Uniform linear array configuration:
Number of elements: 16
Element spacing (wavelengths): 0.75
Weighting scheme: kaiser
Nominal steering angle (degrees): -60
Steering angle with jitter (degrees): -58.955
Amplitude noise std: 0.05
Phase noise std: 0.05

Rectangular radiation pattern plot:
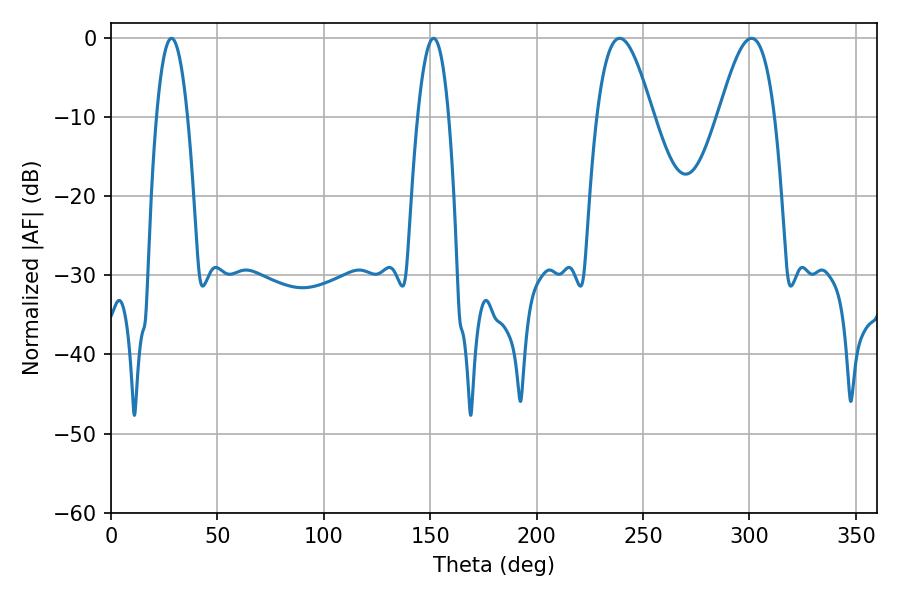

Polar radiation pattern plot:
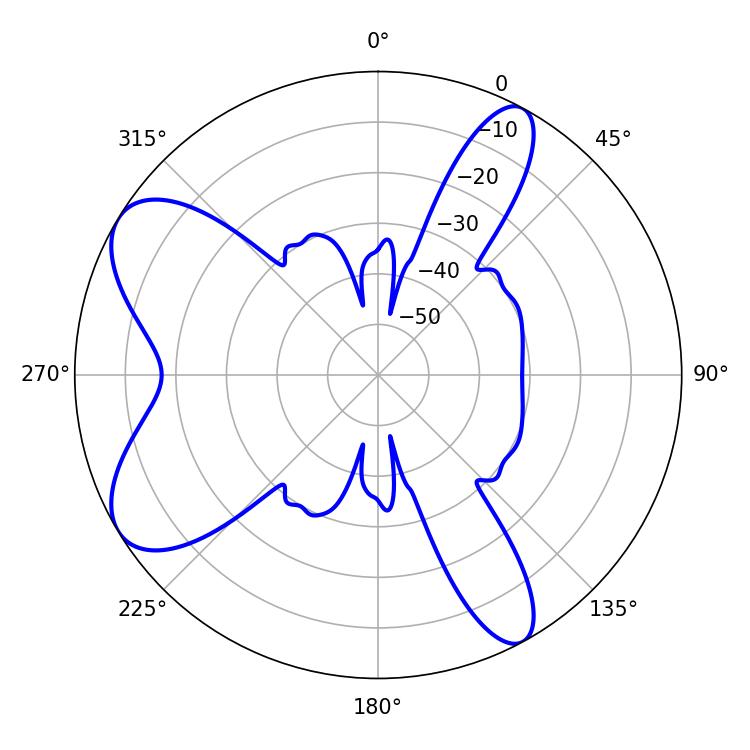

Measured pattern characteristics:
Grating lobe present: TRUE
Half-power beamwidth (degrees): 8.1
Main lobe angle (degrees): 28.44